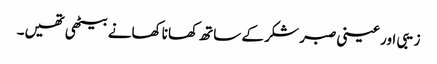
زیبی اور عینی صبر شکر کے ساتھ کھانا کھانے بیٹھی تھیں۔